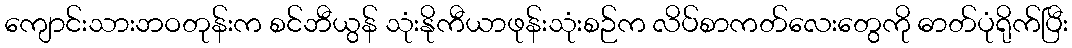
ကျောင်းသားဘဝတုန်းက စင်ဘီယွန် သုံးနိုကီယာဖုန်းသုံးစဉ်က လိပ်စာကတ်လေးတွေကို ဓာတ်ပုံရိုက်ပြီး